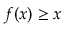
f ( x ) \geq x